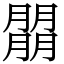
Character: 朤